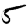
Digit: 5